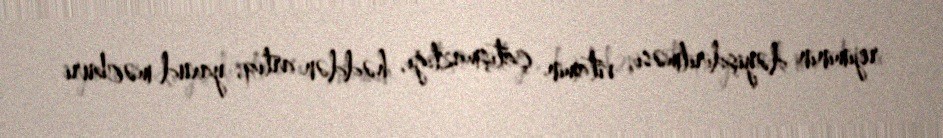
rejiminin dəyişdirilməsi, vitamin çatışmazlığı, həddən artıq, yaxud məcburi